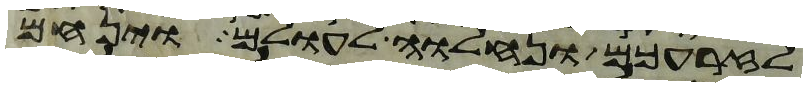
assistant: לזרעכם ונחלוה לעולם וינחם